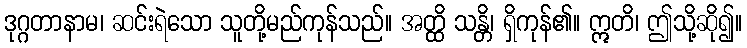
ဒုဂ္ဂတာနာမ၊ ဆင်းရဲသော သူတို့မည်ကုန်သည်။ အတ္ထိ သန္တိ၊ ရှိကုန်၏။ ဣတိ၊ ဤသို့ဆို၍။